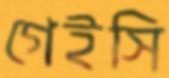
গেইসি